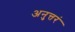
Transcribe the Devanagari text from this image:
अनुत्तरं